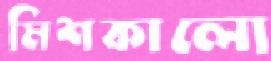
মিশকালো